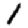
Digit: 1